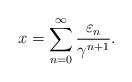
LaTeX: \begin{align*}x=\sum_{n=0}^\infty\frac{\varepsilon_n}{\gamma^{n+1}}.\end{align*}